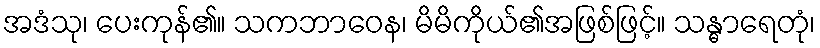
အဒံသု၊ ပေးကုန်၏။ သကဘာဝေန၊ မိမိကိုယ်၏အဖြစ်ဖြင့်။ သန္ဓာရေတုံ၊